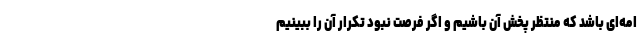
امه‌ای باشد که منتظر پخش آن باشیم و اگر فرصت نبود تکرار آن را ببینیم